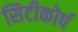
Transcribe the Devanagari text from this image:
सिटीकोर्प